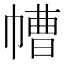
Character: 㡟